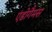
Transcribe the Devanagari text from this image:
एंडोगैमस